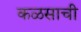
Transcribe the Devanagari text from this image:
कळसाची